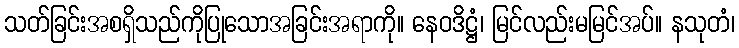
သတ်ခြင်းအစရှိသည်ကိုပြုသောအခြင်းအရာကို။ နေဝဒိဋ္ဌံ၊ မြင်လည်းမမြင်အပ်။ နသုတံ၊